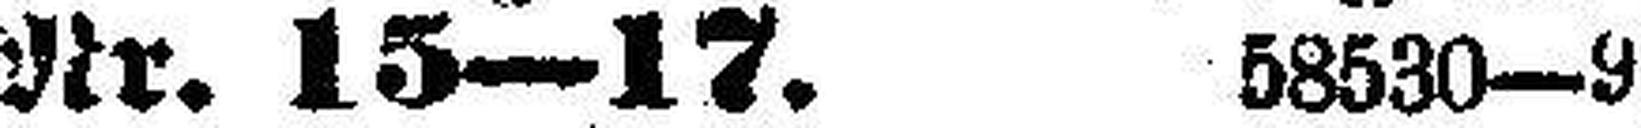
Nr. 15—17. 58530—9